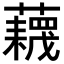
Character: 𧂻